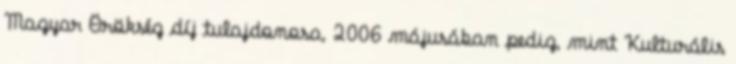
Magyar Örökség díj tulajdonosa, 2006 májusában pedig, mint Kulturális